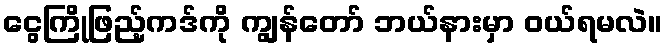
ငွေကြိုဖြည့်ကဒ်ကို ကျွန်တော် ဘယ်နားမှာ ဝယ်ရမလဲ။